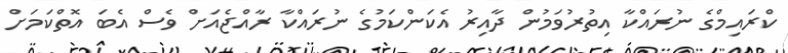
ކްރައިމްގެ ނުރައްކާ އިތުރުވަމުން ދާއިރު އެކަންކަމުގެ ނުރައްކާ ރާއްޖެއަށް ވެސް އެބަ އޮތްކަމަށް